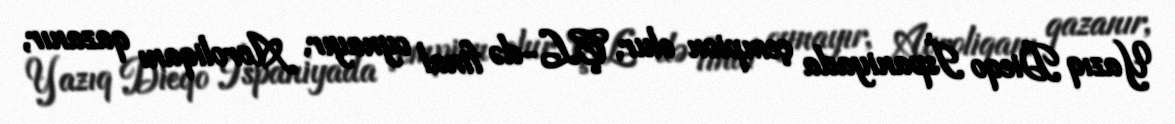
Yazıq Dieqo İspaniyada çempion olur, ÇL-də final oynayır, Avroliqanı qazanır,